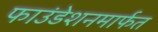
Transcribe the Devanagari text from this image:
फाउंडेशनमार्फत